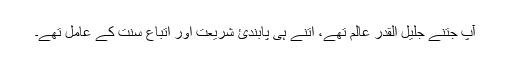
آپ جتنے جلیل القدر عالم تھے، اُتنے ہی پابندئِ شریعت اور اتباع سنّت کے عامل تھے۔